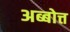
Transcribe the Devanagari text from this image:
अब्बोत्त